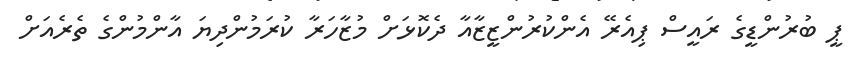
ޕީ ބުރުންޑީގެ ރައީސް ޕިއެރޭ އެންކުރުންޒީޒާއާ ދެކޮޅަށް މުޒާހަރާ ކުރަމުންދިޔަ އާންމުންގެ ތެރެއަށް